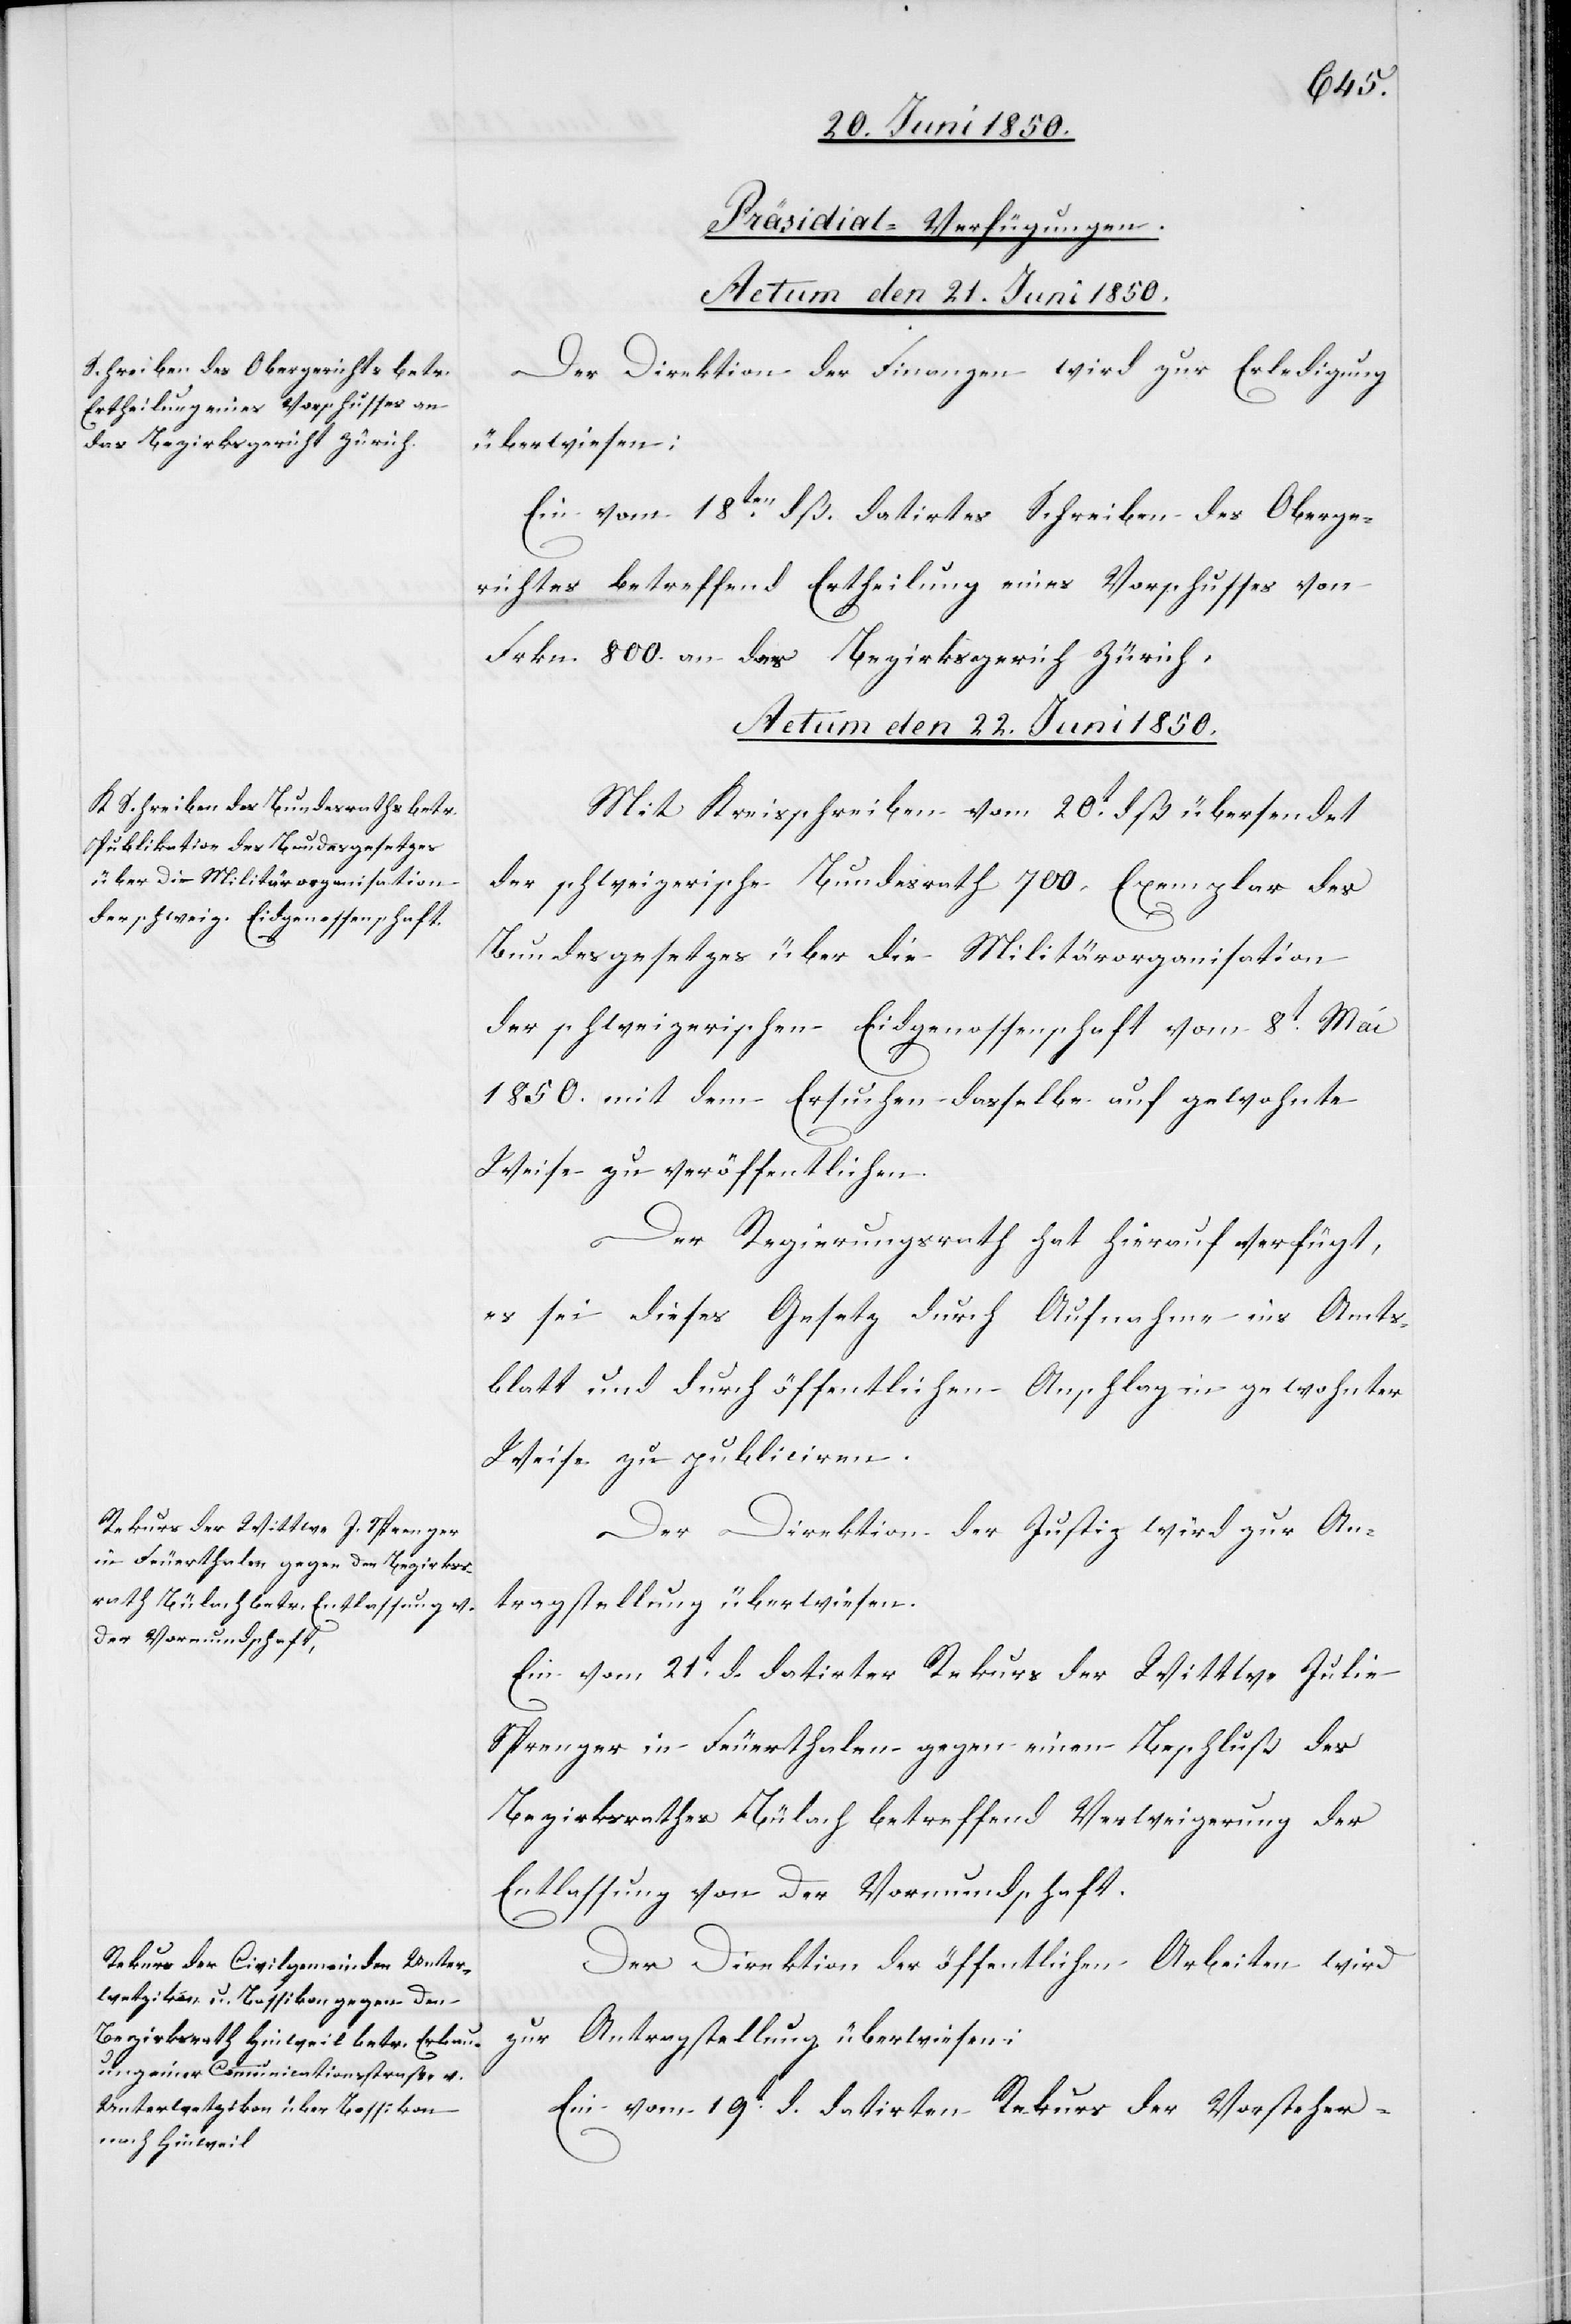
[Präsidial-Verfügungen.
Actum den 21. Juni 1850.
Der Direktion der Finanzen wird zur Erledigung
überwiesen:
Ein vom 18tendß. datirtes Schreiben des Oberge¬
richtes betreffend Ertheilung eines Vorschusses von
Frkn. 800. an das Bezirksgericht Zürich.
Actum den 22. Juni 1850.]
Mit Kreisschreiben vom 20t dß übersendet
der schweizerische Bundesrath 700. Exemplar des
Bundesgesetzes über die Militärorganisation
der schweizerischen Eidgenossenschaft vom 8t Mai
1850. mit dem Ersuchen dasselbe auf gewohnte
Weise zu veröffentlichen.
Der Regierungsrath hat hierauf verfügt,
es sei dieses Gesetz durch Aufnahme ins Amts¬
blatt und durch öffentlichen Anschlag in gewohnter
Weise zu publiciren.
Der Direktion der Justiz wird zur An¬
tragstellung überwiesen.
Ein vom 21t d. datirter Rekurs der Wittwe Julie
Sprenger in Feuerthalen gegen einen Beschluß des
Bezirksrathes Bülach betreffend Verweigerung der
Entlassung von der Vormundschaft.
Der Direktion der öffentlichen Arbeiten wird
zur Antragstellung überwiesen:
Ein vom 19t d. datirten Rekurs der Vorsteher-